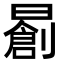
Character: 𣋃